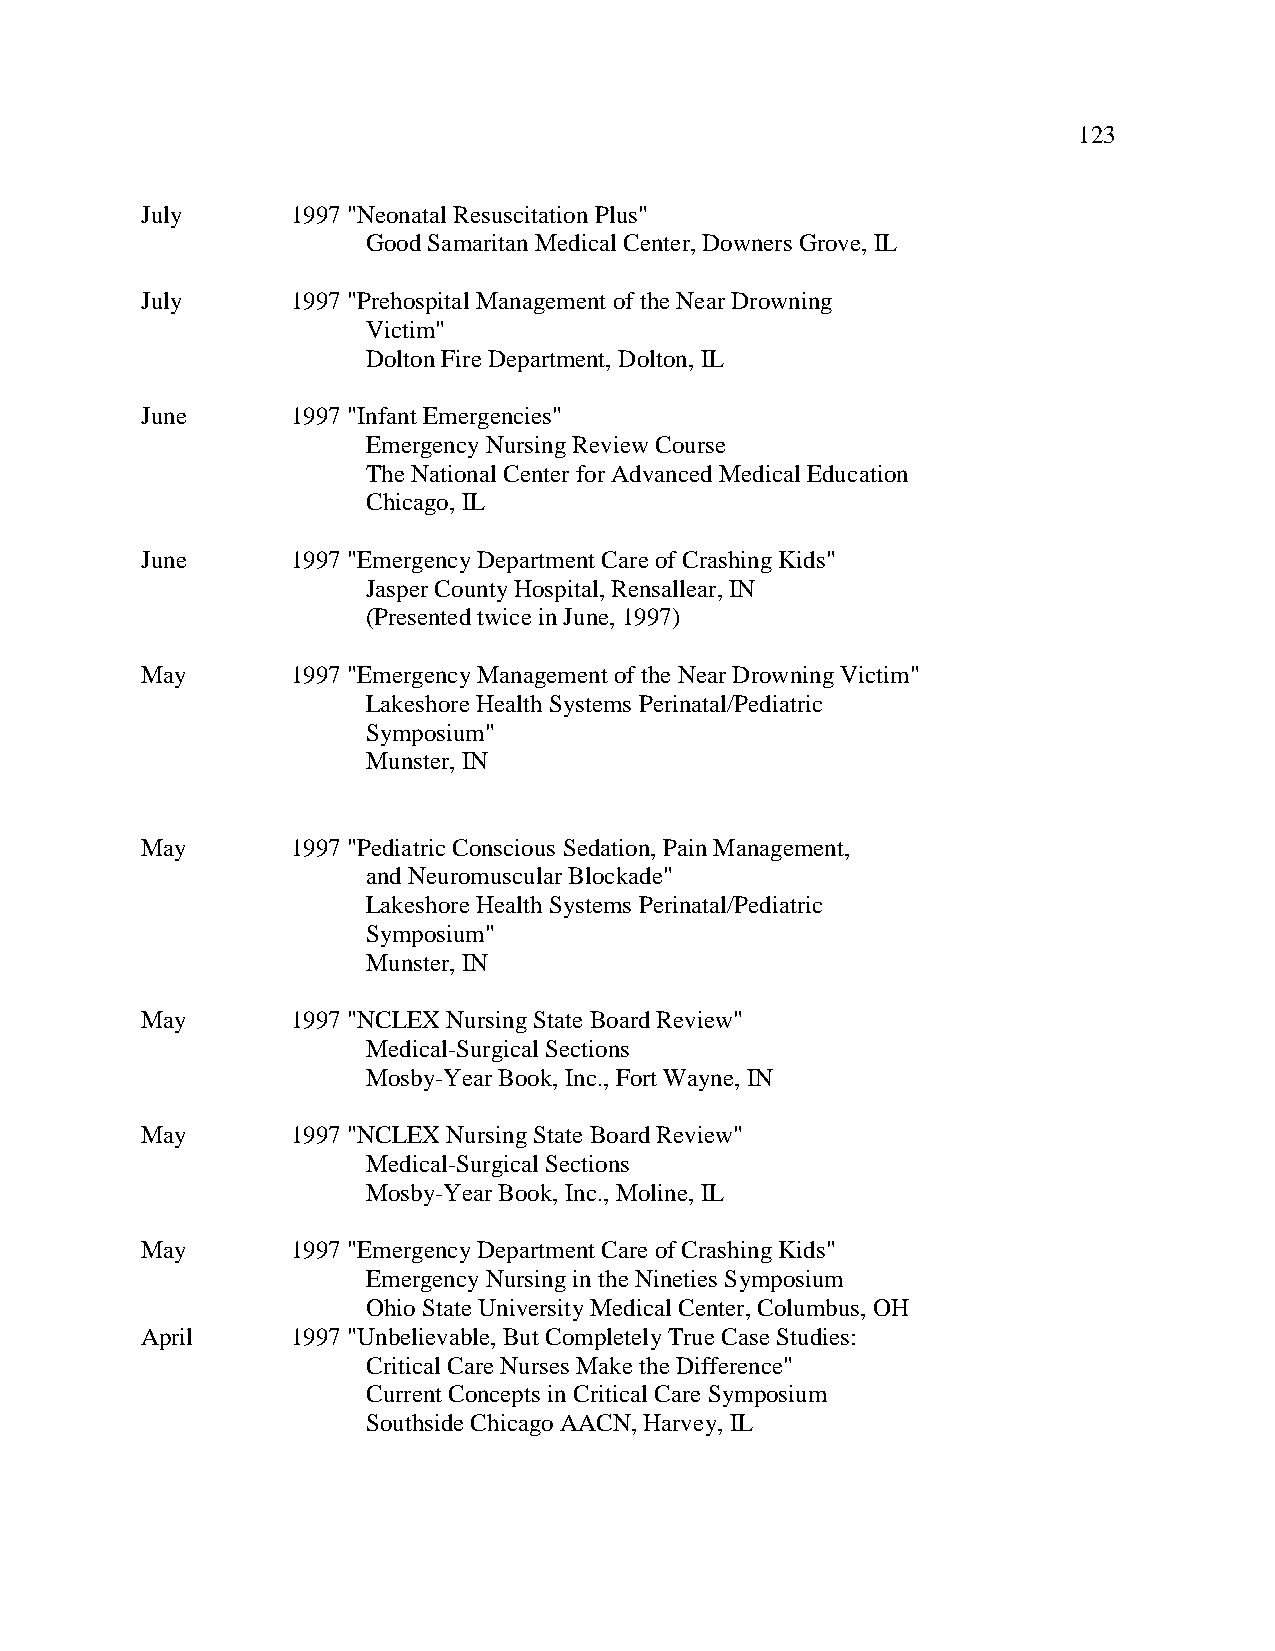
123
 July      1997 "Neonatal Resuscitation Plus"
 Good Samaritan Medical Center, Downers Grove, IL
 July      1997 "Prehospital Management of the Near Drowning
 Victim"
 Dolton Fire Department, Dolton, IL
 June      1997 "Infant Emergencies"
 Emergency Nursing Review Course
 The National Center for Advanced Medical Education
 Chicago, IL
 June      1997 "Emergency Department Care of Crashing Kids"
 Jasper County Hospital, Rensallear, IN
 (Presented twice in June, 1997)
 May       1997 "Emergency Management of the Near Drowning Victim"
 Lakeshore Health Systems Perinatal/Pediatric
 Symposium"
 Munster, IN
 May       1997 "Pediatric Conscious Sedation, Pain Management,
 and Neuromuscular Blockade"
 Lakeshore Health Systems Perinatal/Pediatric
 Symposium"
 Munster, IN
 May       1997 "NCLEX Nursing State Board Review"
 Medical-Surgical Sections
 Mosby-Year Book, Inc., Fort Wayne, IN
 May       1997 "NCLEX Nursing State Board Review"
 Medical-Surgical Sections
 Mosby-Year Book, Inc., Moline, IL
 May       1997 "Emergency Department Care of Crashing Kids"
 Emergency Nursing in the Nineties Symposium
 Ohio State University Medical Center, Columbus, OH
 April     1997 "Unbelievable, But Completely True Case Studies:
 Critical Care Nurses Make the Difference"
 Current Concepts in Critical Care Symposium
 Southside Chicago AACN, Harvey, IL